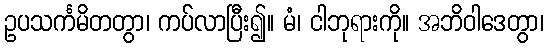
ဥပသင်္ကမိတတွာ၊ ကပ်လာပြီး၍။ မံ၊ ငါဘုရားကို။ အဘိဝါဒေတွာ၊